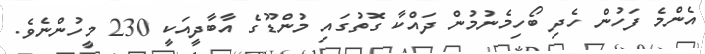
އެންމެ ފަހުން ހެދި ބޯހިމެނުމުން ދައްކާ ގޮތުގައި މުންޑޫގެ އާބާދީއަކީ 230 މީހުންނެވެ.